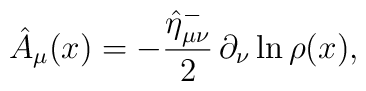
\hat{A}_\mu (x)=-\frac{\hat{\eta}_{\mu \nu }^{-}}2 \,\partial_\nu \ln \rho (x),